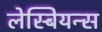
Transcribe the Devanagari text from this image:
लेस्बियन्स